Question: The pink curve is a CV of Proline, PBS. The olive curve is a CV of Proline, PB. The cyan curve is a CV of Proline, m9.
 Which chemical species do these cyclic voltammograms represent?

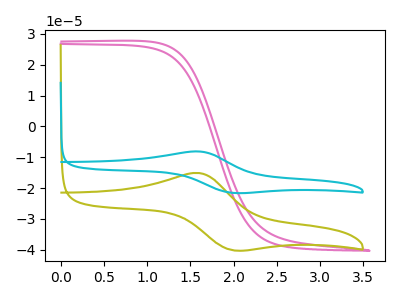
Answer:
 <answer>The pink curve is labeled "Proline, PBS". The olive curve is labeled "Proline, PB". The cyan curve is labeled "Proline, m9".</answer>
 <eval></eval>